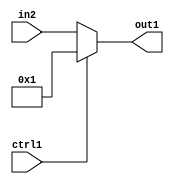
`timescale 1ps / 1ps
/*****************************************************************************
    Verilog RTL Description
    
    
    Created by: CellMath Designer 2019.1.01 
*******************************************************************************/

module fix2float_Muxi1u5u1_4_3 (
	in2,
	ctrl1,
	out1
	); /* architecture "behavioural" */ 
input [4:0] in2;
input  ctrl1;
output [4:0] out1;
wire [4:0] asc001;

reg [4:0] asc001_tmp_0;
assign asc001 = asc001_tmp_0;
always @ (ctrl1 or in2) begin
	case (ctrl1)
		1'B1 : asc001_tmp_0 = 5'B00001 ;
		default : asc001_tmp_0 = in2 ;
	endcase
end

assign out1 = asc001;
endmodule

/* CADENCE  uLT1Qgg= : u9/ySgnWtBlWxVPRXgAZ4Og= ** DO NOT EDIT THIS LINE ******/